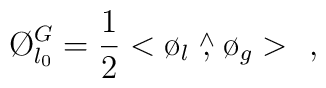
\O_{l_{0}}^{G}=\frac{1}{2}<\o_{l}\stackrel{\wedge}{,}\o_{g}>   \ \ ,